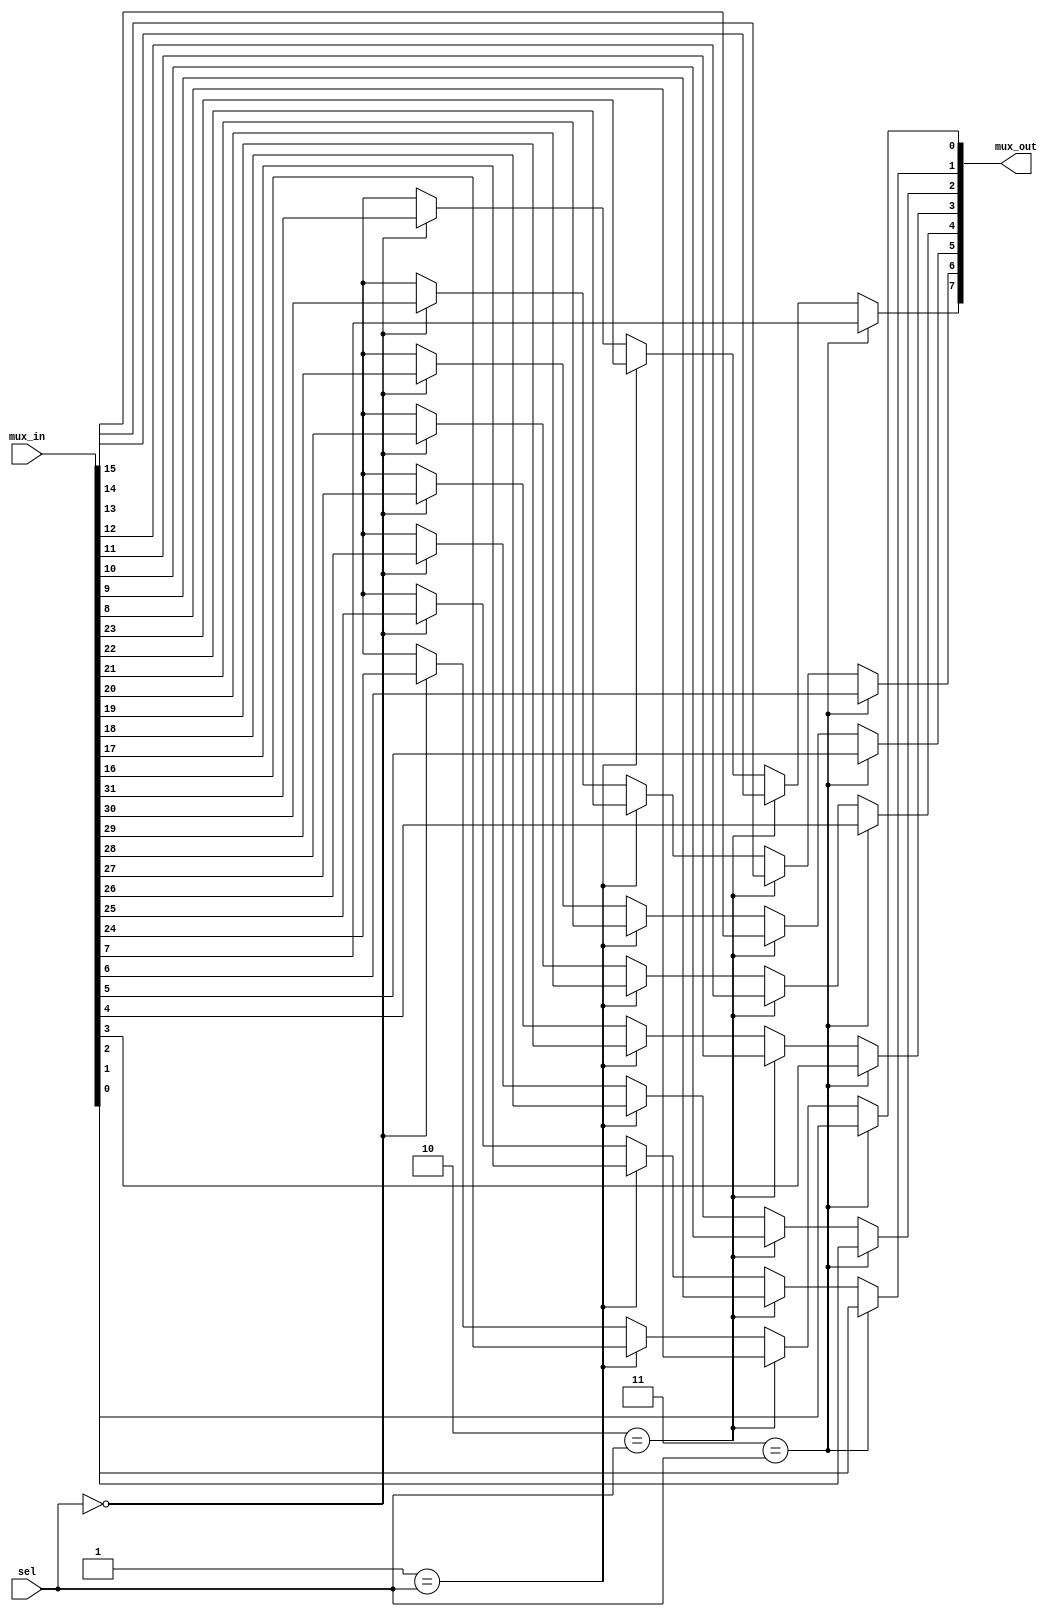
//instantiation guide:
//  MUX (.mux_in({0th mem_element, 1th mem_element, ..., (n-1)th mem_element}),
//    .sel(select_signal),
//    .mux_out(output_signal));

module MUX (
    mux_in,
    sel,
    mux_out
);
  parameter word_len = 8;
  parameter input_size = 4;
  parameter sel_len = 2;

  input [(word_len)*input_size - 1 : 0] mux_in;
  input [sel_len - 1 : 0] sel;
  output reg [word_len - 1 : 0] mux_out;

  integer i, j;
  integer word_begin;
  always @(mux_in or sel) begin
    mux_out = 'bx;
    for (i = 0; i < 2 ** sel_len; i = i + 1'b1) begin
      if (i == sel) begin
        word_begin = word_len * (input_size - 1) - i * word_len;
        for (j = 0; j < word_len; j = j + 1) mux_out[j] = mux_in[word_begin+j];
      end
    end
  end

endmodule